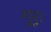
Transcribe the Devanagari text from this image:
गुरु।